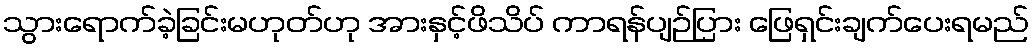
သွားရောက်ခဲ့ခြင်းမဟုတ်ဟု အားနှင့်ဖိသိပ် ကာရန်ပျဉ်ပြား ဖြေရှင်းချက်ပေးရမည်